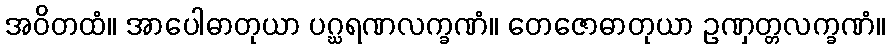
အဝိတထံ။ အာပေါဓာတုယာ ပဂ္ဃရဏလက္ခဏံ။ တေဇောဓာတုယာ ဥဏှတ္တလက္ခဏံ။